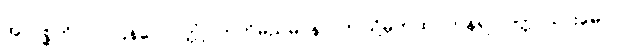
အာဂစ္ဆတိ၊ လာပြန်ပေလတ္တံ့။ ဣတိမညမာနာ၊ ဤသို့မှတ်ထင်ကုန်၍။ ပုတ္တ၊ သားမောင်။